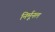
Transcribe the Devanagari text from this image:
निर्मूनल